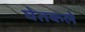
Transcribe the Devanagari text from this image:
घेतकले